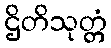
ဌိတိသုတ္တံ